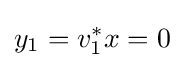
y_{1}=v_{1}^{*}x=0